Civil Veterinary Dept. Bombay admin report 1923-31 - 1923-1931
Year: 1923
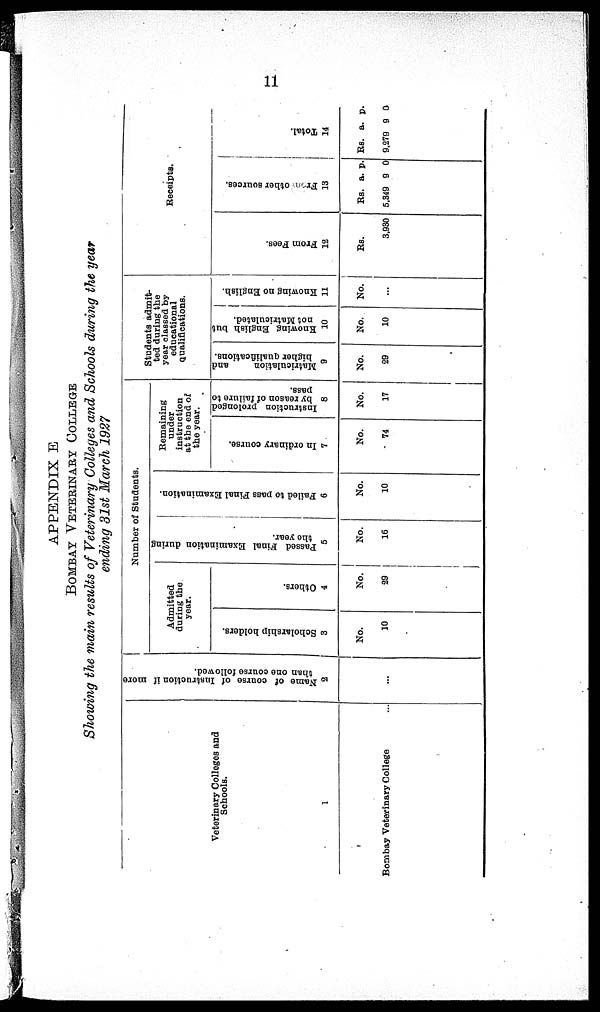
11
APPENDIX E
BOMBAY VETERINARY COLLEGE.
Showing the main results of Veterinary Colleges and Schools during the year
ending 31st March 1927
Veterinary Colleges and
Schools.
1
Bombay Veterinary College ...
Name of course of Instruction if more
than one course followed.
2
...
Number of Students.
Admitted
during the
year.
Scholarship holders.
3
No.
10
Others.
4
No.
29
Passed Final Examination during
the year.
5
No.
16
Failed to pass Final Examination.
6
No.
10
Remaining
under
instruction
at the end of
the year.
In ordinary course.
7
No.
74
Instruction prolonged
by reason of failure to
pass.
8
No.
17
Students admit-
ted during the
year classed by
educational
qualifications.
Matriculation
and
higher qualifications.
9
No.
29
Snowing English but
not Matriculated.
10
No.
10
Knowing no English.
11
No.
...
Receipts.
From Fees.
12
Rs.
3,930
Fr om ot her s our ces .
13
Rs.
5,349
a.
9
p.
0
Tot al .
14
Rs.
9,279
a.
9
p.
0